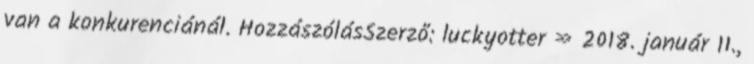
van a konkurenciánál. HozzászólásSzerző: luckyotter » 2018. január 11.,